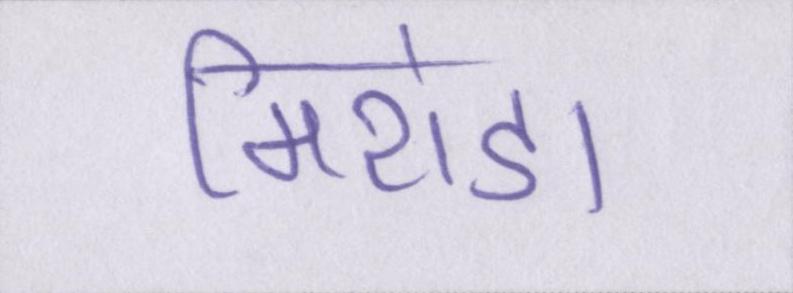
मिरांडा